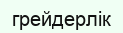
грейдерлік